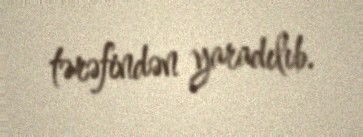
tərəfindən yaradılıb.